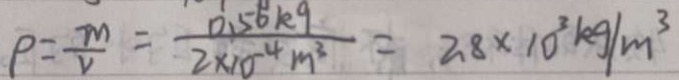
\rho = \frac { m } { v } = \frac { 0 . 5 6 k g } { 2 \times 1 0 ^ { - 4 } m ^ { 3 } } = 2 . 8 \times 1 0 ^ { 3 } k g / m ^ { 3 }